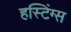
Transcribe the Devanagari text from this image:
हस्टिंग्स